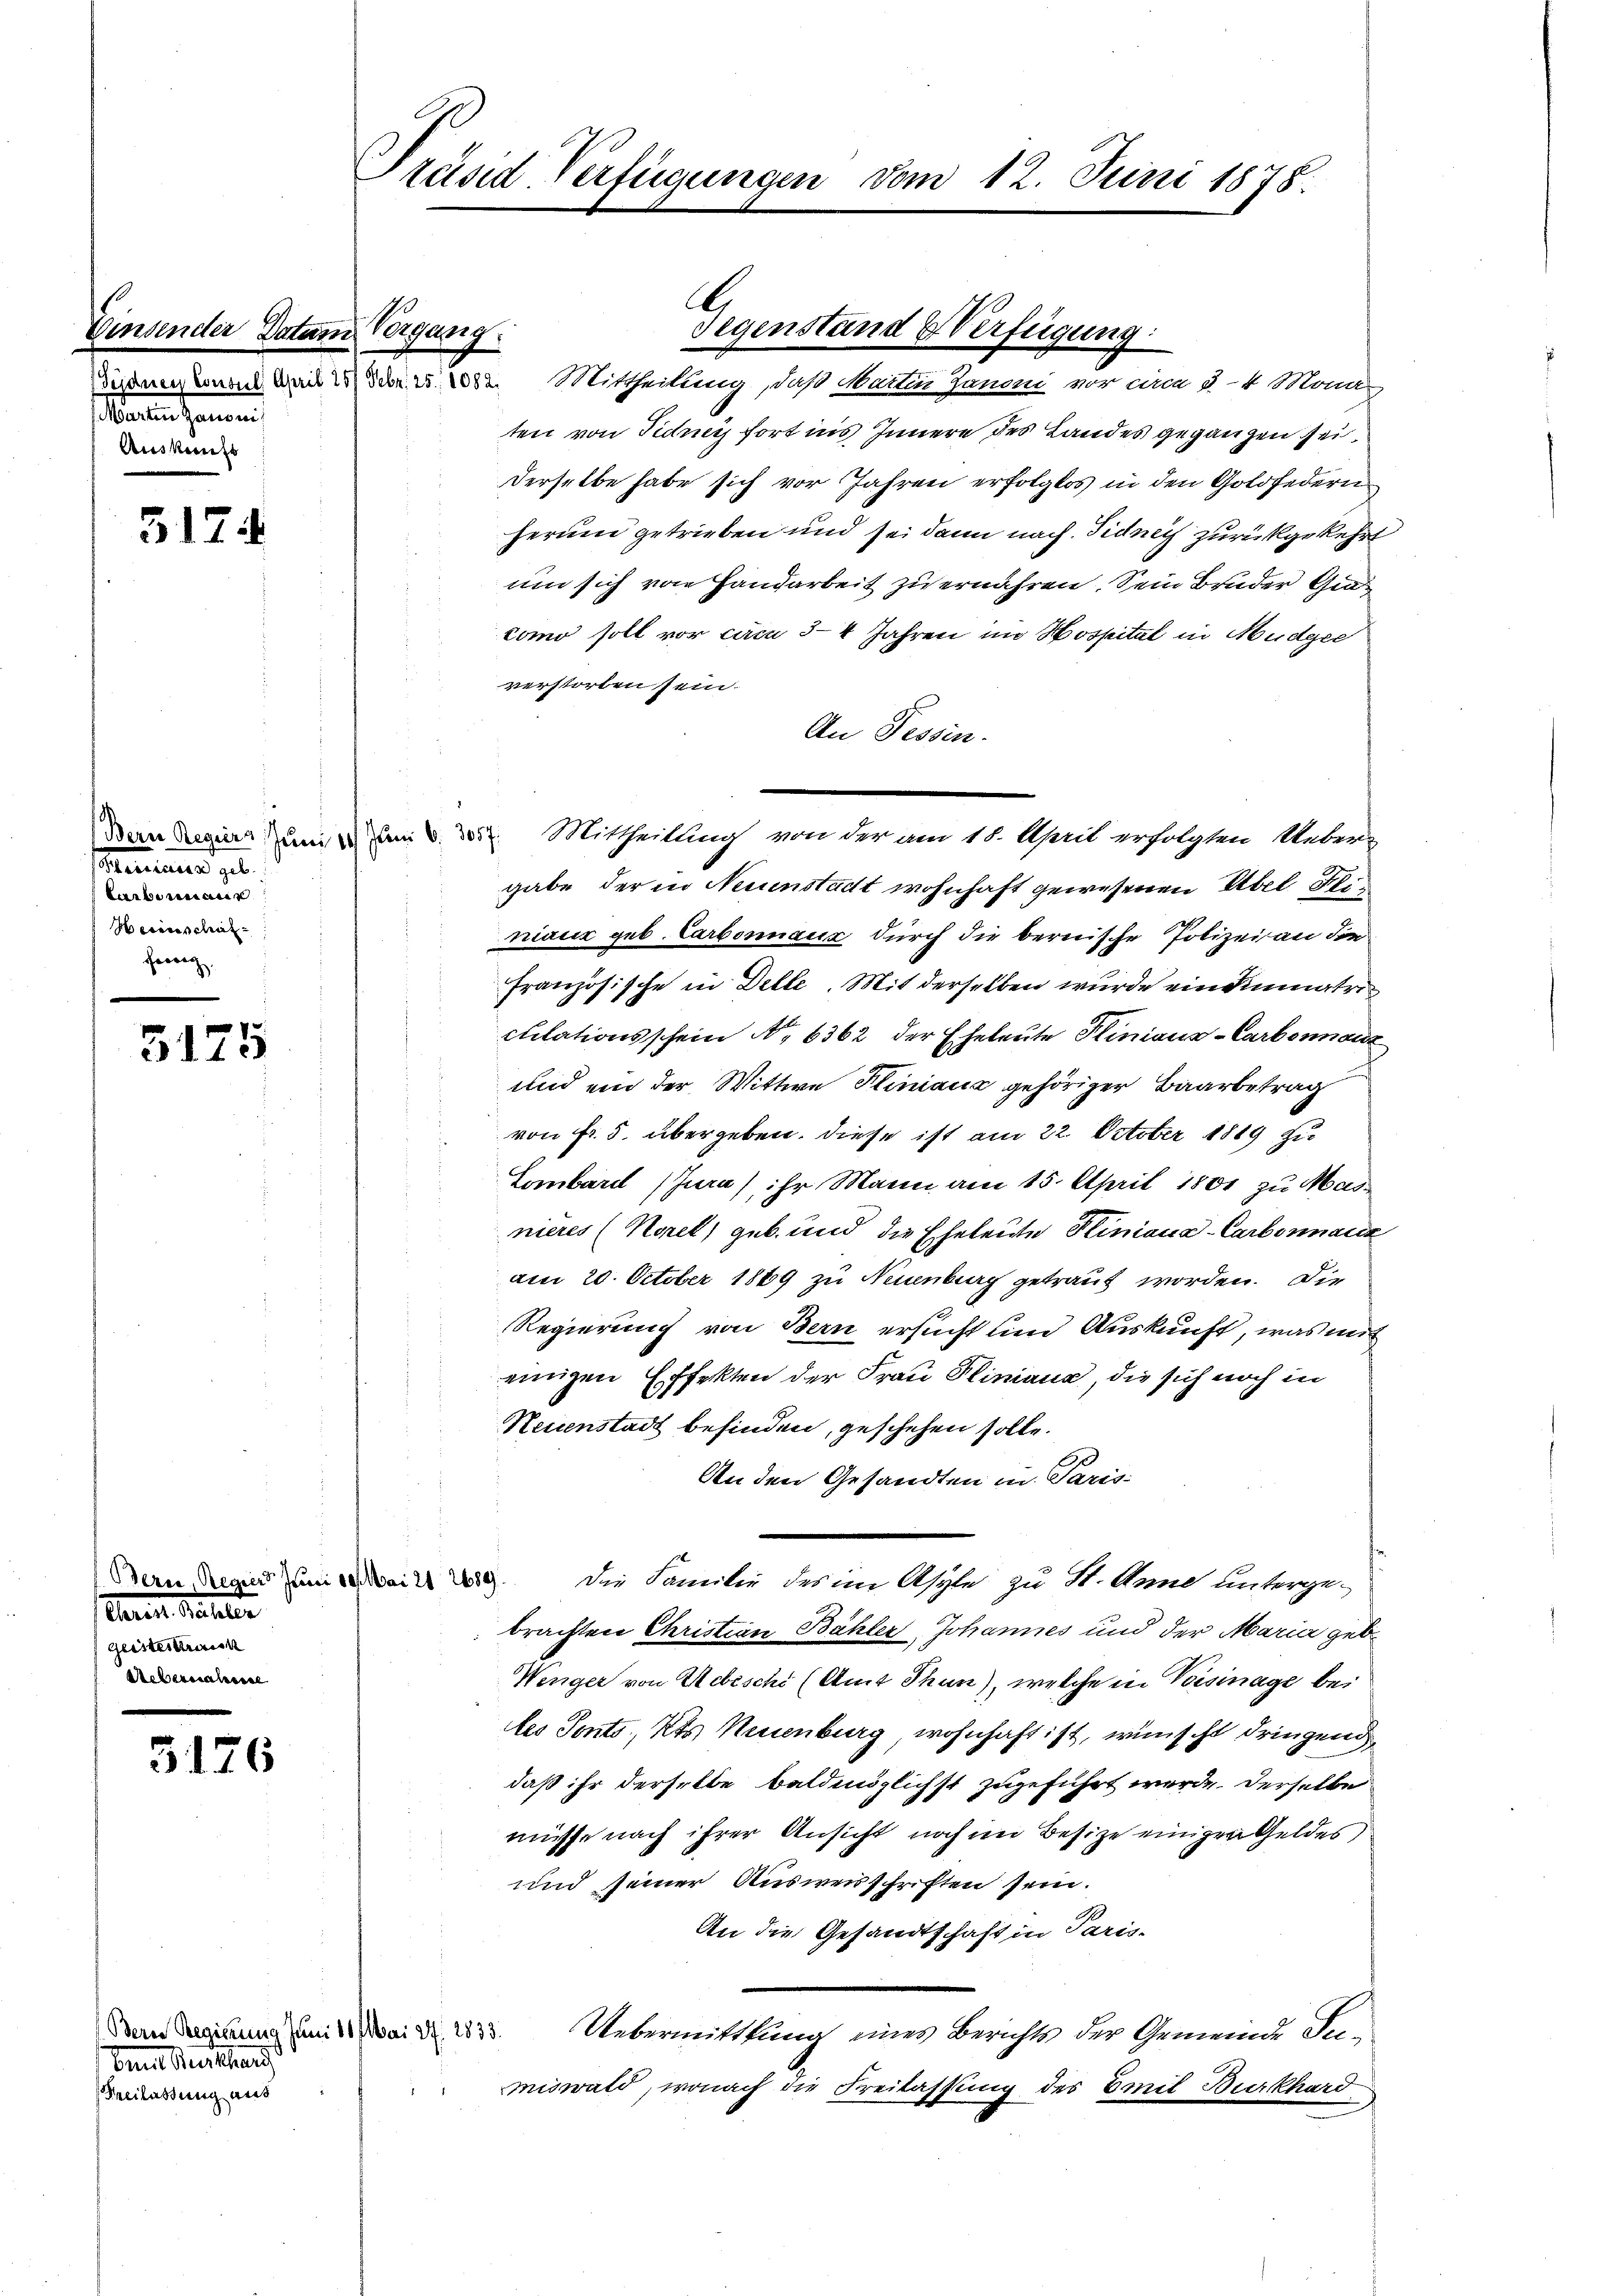
Net

Latoren

Tesdner Consuls April
arten Janoni
Auskuns

5174

enianus geb.
Lerbarinair
Herinschaf
fertig,

5175

(Bern, Regier Juni 19 Mai 21 289
tanen Schuler
Geisterkrank
Uebernahme

5176

Präsid-Verfügungen vom 12. Juni 1878.

Mittheilung, daß Martin Janoni vor circa 3-4 Mona-
ten von Fidney fort ins Innere des Landes gegangen sei.
Derselbe habe sich vor Jahren erfolglos in den Goldfedern
herum getrieben und sei dann nach Tidney zurückgekehrt
um sich von Handarbeit zu ernähren. Sein Bruder Gratomo soll vor circa 34 Jahren im Hospital in Mudger
verstorben sein.
An Tessin.
gabe der in Neuenstadt wohnhaft gewesenen Übel ihn
niaux geb. Carbonnaux durch die bernische Polizei an die
Französische in Delle. Mit derselben wurde ein Dimmatri
culationsschein No 6362 der Eheleute Kliniaus-Carbonnanz
und ein der Wittwe Pliniana gehöriger Baarbetrag
von Fr. 5. übergeben. Diese ist am 22. October 1819 zu
Lombard (Jura) ihr Mann am 15. April 1801 zu Masnieres (Korel, geb. und die Eheleute Hiniana-Carbonnanz
am 20. October 1869 zu Neuenburg getraut worden. Die
Regierung von Bern ersucht und Auskunft, was mit
einigen Effekten der Frau Pliniana, die sich noch in
Neuenstadt befinden, geschehen solle.
An den Gesandten in Paris
die Familie des im Asyle zu St. Anne untergebrachten Christian Bähler, Johannes und der Maria geb.
Wenger von Webischi (Amt Thun), welche in Vorsinage bei
les Sonts, Kts. Neuenburg, wohnhaft ist, wünscht dringend
daß ihr derselbe baldmöglichst zugeführt werde. Derselbe
müsse nach ihrer Ansicht noch im Besitze einigen Geldes
und seiner Ausweisschriften sein.
An die Gesandtschaft in Paris-
Uebermittlung eines Berichts der Gemeinde Jumiswald, wonach die Freilassung des Emil Burkhard

in Regierung Juni 11 Mai 27. 2833.

Burkhard
Freilassung aus

Vogung.

A
Gegenstand & Verfügung:

Den Reginn um um d. 3. Mittheilung von der am 18. April erfolgten Ueber¬